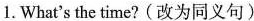
1. What's the time?(改为同义句)